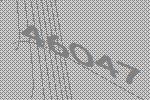
46047